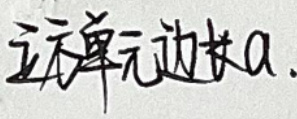
立方单元边长$a$